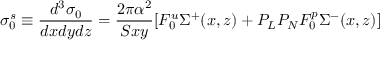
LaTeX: \sigma _ { 0 } ^ { s } \equiv { \frac { d ^ { 3 } \sigma _ { 0 } } { d x d y d z } } = { \frac { 2 \pi \alpha ^ { 2 } } { S x y } } [ F _ { 0 } ^ { u } \Sigma ^ { + } ( x , z ) + P _ { L } P _ { N } F _ { 0 } ^ { p } \Sigma ^ { - } ( x , z ) ]